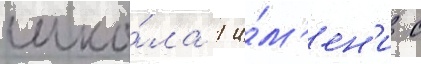
шко́ла 1 и́м'ен'и с